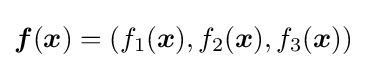
{\boldsymbol {f}}({\boldsymbol {x}})=\left(f_{1}({\boldsymbol {x}}),f_{2}({\boldsymbol {x}}),f_{3}({\boldsymbol {x}})\right)